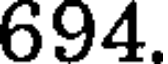
694.